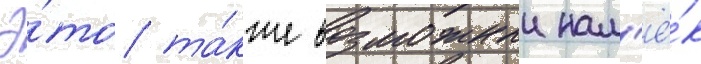
Э́то та́кже возможныи нам'ё́к